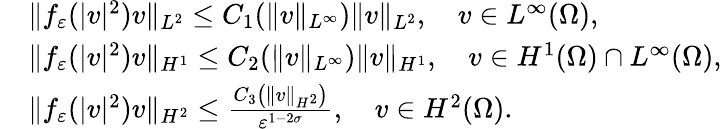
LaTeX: \begin{array}{rl}&{\| f_{\varepsilon}(|v|^{2})v\| _{L^{2}}\leq C_{1}(\| v\| _{L^{\infty}})\| v\| _{L^{2}},\quad v\in L^{\infty}(\Omega),}\\ &{\| f_{\varepsilon}(|v|^{2})v\| _{H^{1}}\leq C_{2}(\| v\| _{L^{\infty}})\| v\| _{H^{1}},\quad v\in H^{1}(\Omega)\cap L^{\infty}(\Omega),}\\ &{\| f_{\varepsilon}(|v|^{2})v\| _{H^{2}}\leq\frac{C_{3}\left(\| v\| _{H^{2}}\right)}{\varepsilon^{1-2\sigma}},\quad v\in H^{2}(\Omega).}\end{array}